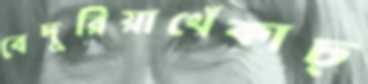
বেদুরিয়াখেঁকাচ্